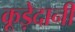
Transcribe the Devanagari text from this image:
कूड़ेदानी